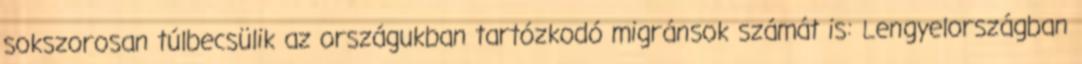
sokszorosan túlbecsülik az országukban tartózkodó migránsok számát is: Lengyelországban